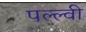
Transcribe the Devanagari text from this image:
पल्ल्वी